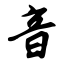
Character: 音